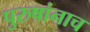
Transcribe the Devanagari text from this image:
पुरुषांनाच